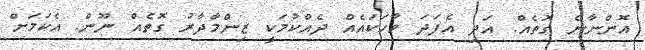
އޮންނާނެ ގޮތެއް. އަދި އެފަދަ ވާހަކައެއް ދެއްކުމަކީ ޒިންމާދާރު ގޮތެއް ނޫން. އެކަމަށް